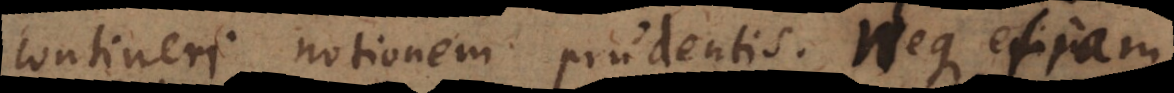
contineri notionem prudentis. Neque etiam